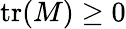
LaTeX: \operatorname{tr}(M)\geq 0